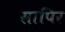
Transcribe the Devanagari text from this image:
सापिर